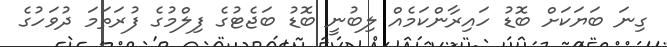
ގިނަ ބަޔަކަށް ބޮޑު ހައިރާންކަމެއް ލިބުނީ ބޮޑު ބަޖެޓުގެ ފިލްމުގެ ފުރަތަމަ ދުވަހުގެ